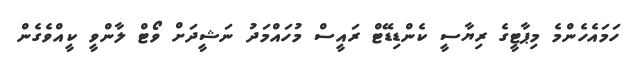
ހަމައެހެންމެ މިޕާޓީގެ ރިޔާސީ ކެންޑިޑޭޓް ރައީސް މުހައްމަދު ނަޝީދަށް ވޯޓް ލާންވީ ކީއްވެގެން